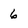
Character: 6